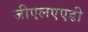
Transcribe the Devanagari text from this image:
जीएलएएडी